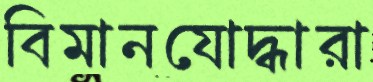
বিমানযোদ্ধারা